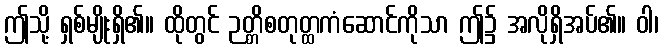
ဤသို့ ရှစ်မျိုးရှိ၏။ ထိုတွင် ဉတ္တိစတုတ္ထကံဆောင်ကိုသာ ဤ၌ အလိုရှိအပ်၏။ ဝါ၊